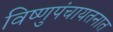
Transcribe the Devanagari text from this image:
विष्णुपंचायतनात